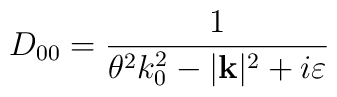
D_{00}=\frac{1}{\theta ^{2}k_{0}^{2}-|\mathbf{k}|^{2}+i\varepsilon }